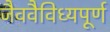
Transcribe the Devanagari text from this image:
जैववैविध्यपूर्ण